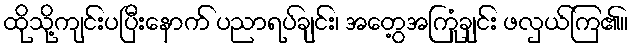
ထိုသို့ကျင်းပပြီးနောက် ပညာရပ်ချင်း၊ အတွေ့အကြုံချင်း ဖလှယ်ကြ၏။